Vaccination in Burma 1920-1933 - 1920-1933
Year: 1920
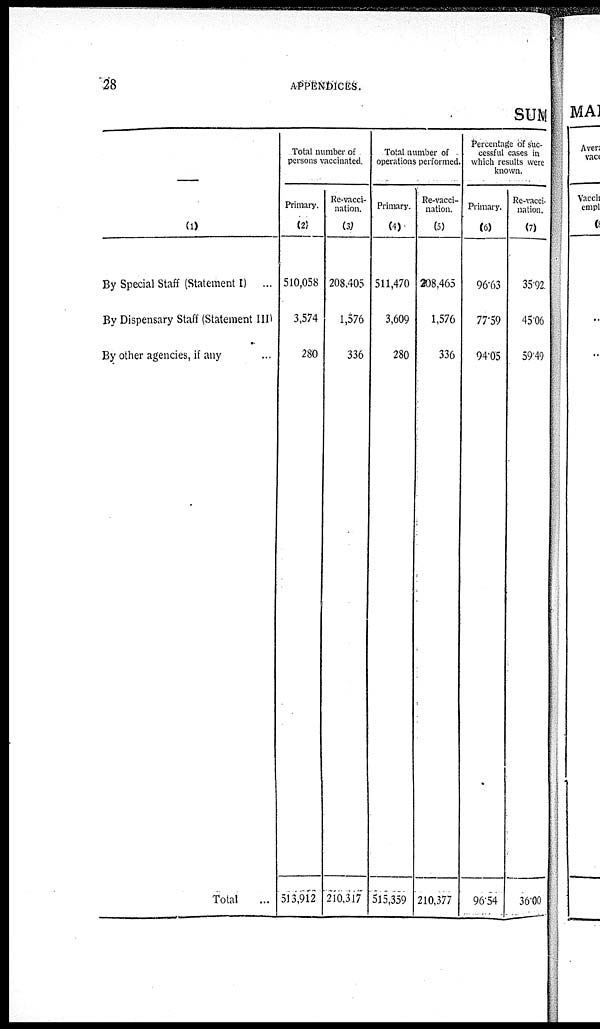
28
APPENDICES.
SUM
—
(1)
By Special Staff (Statement I)
...
By Dispensary Staff (Statement III)
By other agencies, if any ...
Total ...
Total number of
persons vaccinated.
Primary.
(2)
510,058
3,574
280
513,912
Re-vacci-
nation.
(3)
208,405
1,576
336
210,317
Total number of
operations performed.
Primary.
(4)
511,470
3,609
280
515,359
Re-vacci-
nation.
(5)
208,465
1,576
336
210,377
Percentage of suc-
cessful cases in
which results were
known.
Primary.
(6)
96.63
77.59
94.05
96.54
Re-vacci-
nation.
(7)
35.92
45.06
59.49
36.00